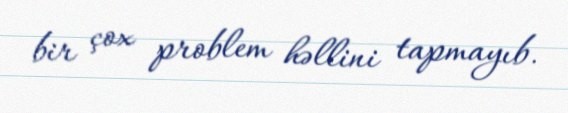
bir çox problem həllini tapmayıb.